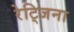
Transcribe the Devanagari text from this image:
रेट्जिना